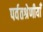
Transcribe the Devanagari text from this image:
पर्वतश्रेणीयाँ